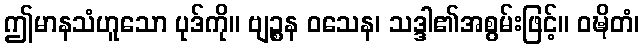
ဤမာနသံဟူသော ပုဒ်ကို။ ဗျဉ္စန ဝသေန၊ သဒ္ဒါ၏အစွမ်းဖြင့်။ ဝဍ္ဎိတံ၊